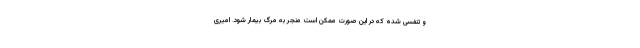
و تنفسی شده که در این صورت ممکن است منجر به مرگ بیمار شود. امیری